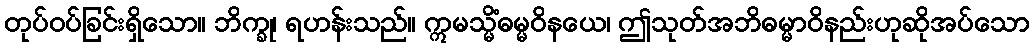
တုပ်ဝပ်ခြင်းရှိသော။ ဘိက္ခု၊ ရဟန်းသည်။ ဣမသ္မိံဓမ္မဝိနယေ၊ ဤသုတ်အဘိဓမ္မာဝိနည်းဟုဆိုအပ်သော